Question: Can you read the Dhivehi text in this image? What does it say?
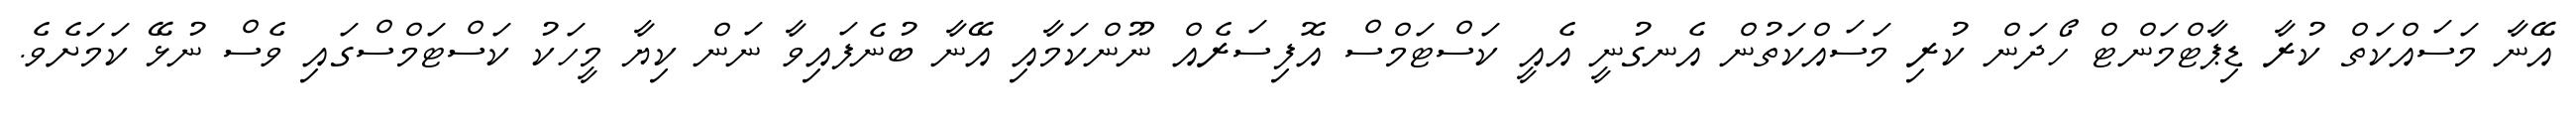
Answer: އޭނާ މަސައްކަތް ކުރާ ޑިޕާޓްމަންޓް ހޯދަން ކުރި މަސައްކަތުން އެނގުނީ އެއީ ކަސްޓަމްސް އޮފިސަރެއް ނޫންކަމާއި އޭނާ ބުނެފައިވާ ނަން ކިޔާ މީހަކު ކަސްޓަމްސްގައި ވެސް ނުޅޭ ކަމަށެވެ.